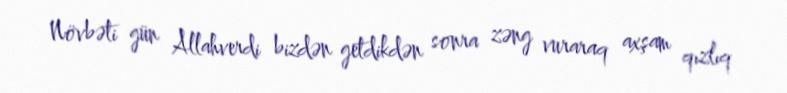
Növbəti gün Allahverdi bizdən getdikdən sonra zəng vuraraq axşam qızlıq